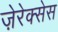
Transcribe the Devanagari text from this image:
ज़ेरेक्सेस